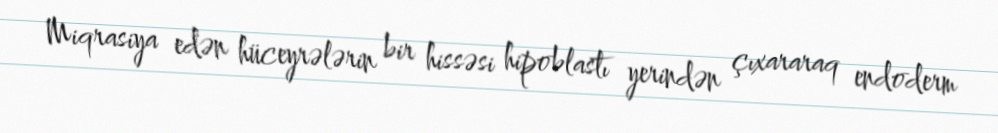
Miqrasiya edən hüceyrələrin bir hissəsi hipoblastı yerindən çıxararaq endoderm